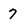
Character: 7